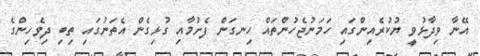
އޭނާ ވިދާޅުވީ ޔުކުރެއިންގައި ހަމަނުޖެހުންތައް ހިނގަން ފެށުމާއި ގުޅިގެން އެތަނުގައި ތިބި ދިވެހިންގެ